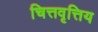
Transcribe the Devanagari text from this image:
चित्तवृत्तिय